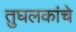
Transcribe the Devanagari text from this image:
तुघलकांचे